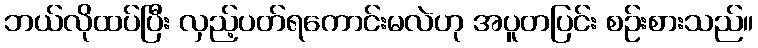
ဘယ်လိုထပ်ပြီး လှည့်ပတ်ရကောင်းမလဲဟု အပူတပြင်း စဉ်းစားသည်။